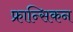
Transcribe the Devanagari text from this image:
फ्रान्सिकन